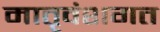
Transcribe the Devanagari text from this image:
मातृवंशगत